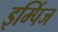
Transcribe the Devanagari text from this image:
इम्पिंज